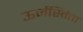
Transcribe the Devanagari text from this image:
ऊर्जस्विता